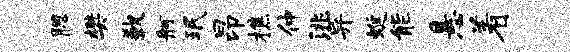
腮樊歉舸珉昂樵仲洮异蜒能悬着